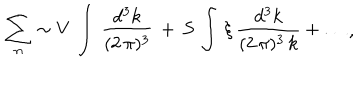
LaTeX: \begin{array} { c } { { \displaystyle { \sum _ { n } \sim V \, \int \, \frac { d ^ { 3 } k } { ( 2 \, \pi ) ^ { 3 } } \, + \, S \, \int \, \xi \, \frac { d ^ { 3 } k } { ( 2 \, \pi ) ^ { 3 } \, k } + \dots } } } \\ \end{array} ,